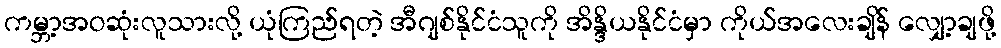
ကမ္ဘာ့အဝဆုံးလူသားလို့ ယုံကြည်ရတဲ့ အီဂျစ်နိုင်ငံသူကို အိန္ဒိယနိုင်ငံမှာ ကိုယ်အလေးချိန် လျှော့ချဖို့